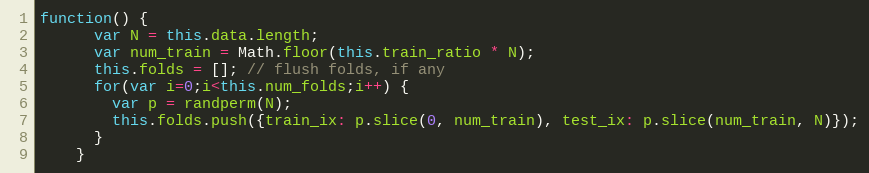
Language: JavaScript
function() {
      var N = this.data.length;
      var num_train = Math.floor(this.train_ratio * N);
      this.folds = []; // flush folds, if any
      for(var i=0;i<this.num_folds;i++) {
        var p = randperm(N);
        this.folds.push({train_ix: p.slice(0, num_train), test_ix: p.slice(num_train, N)});
      }
    }